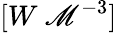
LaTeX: [W\ \mathscr{M}^{-3}]